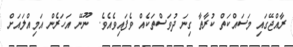
ރާއްޖޭގައި މަސައްކަތް ކުރާތާ ގިނަ ދުވަސްތަކެއް ވެފައިވެއެވެ.  ނޫނޭ އަހަރެން އަމިއްލައަށް